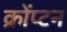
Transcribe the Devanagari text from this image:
क्रोंप्टन